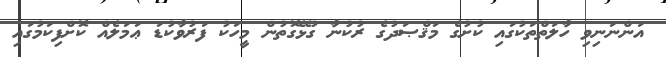
އަންނަނިވި ހާލަތްތަކުގައި ކުށުގެ މަޤްޞަދުގެ ރުކުނާ ގުޅޭގޮތުން މީހަކު ފަރުވާކުޑަ ޢަމަލެއް ކޮށްފިކަމުގައި